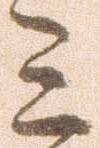
ミ